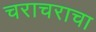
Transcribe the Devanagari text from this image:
चराचराचा